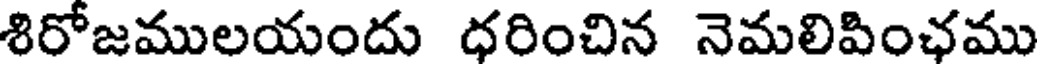
శిరోజములయందు ధరించిన నెమలిపింఛము